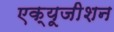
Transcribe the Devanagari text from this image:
एक्यूजीशन